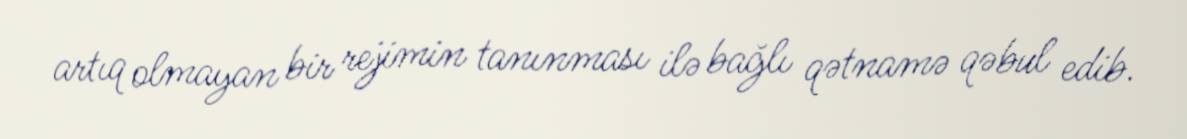
artıq olmayan bir rejimin tanınması ilə bağlı qətnamə qəbul edib.